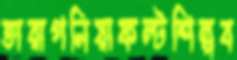
তারাগনিয়াফল্টশিল্পব